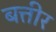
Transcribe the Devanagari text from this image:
बत्तीर